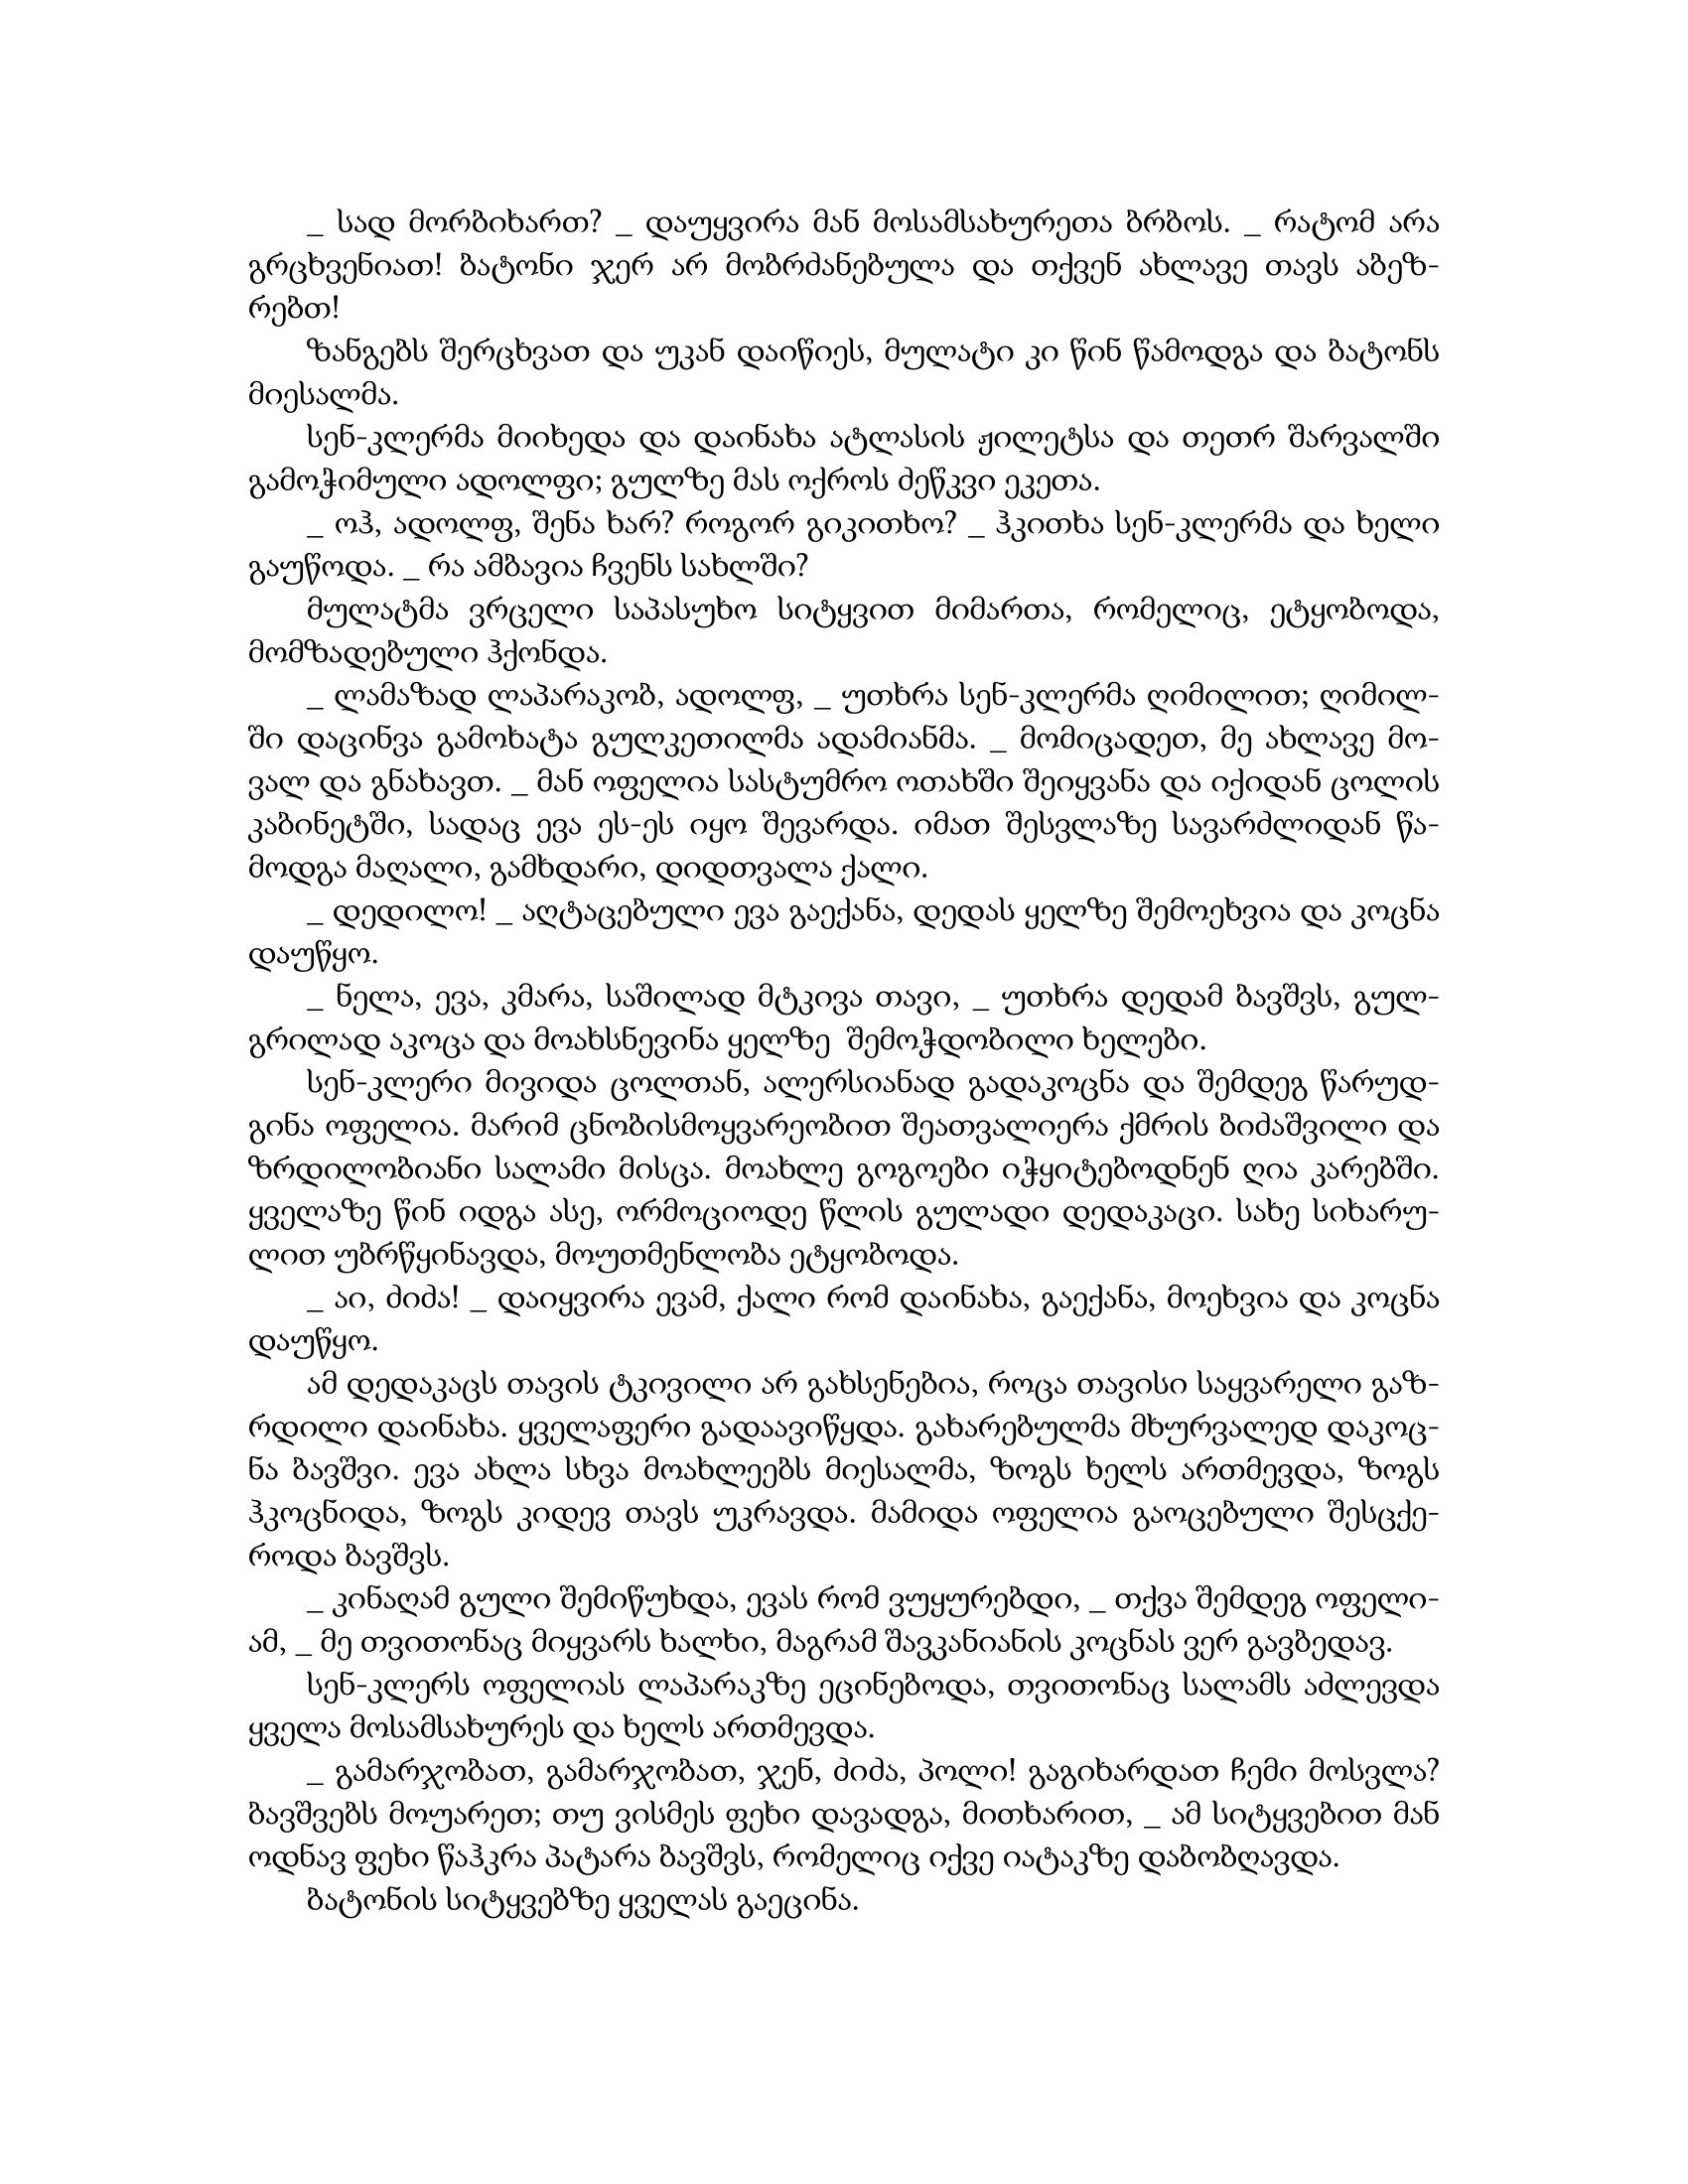
Language: gr